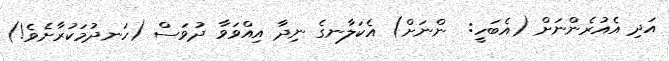
އަދި އެއުރެންނަށް (އެބަހީ:  ންނަށް) އެކަލާނގެ ނިދާ އިއްވަވާ ދުވަސް (ހަނދުމަކުރާށެވެ!)